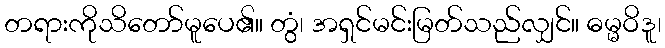
တရားကိုသိတော်မူပေ၏။ တွံ၊ အရှင်မင်းမြတ်သည်လျှင်။ ဓမ္မဝိဒူ၊